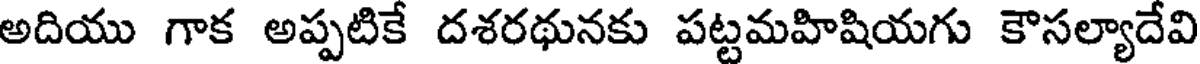
అదియు గాక అప్పటికే దశరథునకు పట్టమహిషియగు కౌసల్యాదేవి